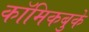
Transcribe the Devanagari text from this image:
कॉमिकबुके